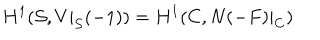
H ^ { 1 } ( { \cal S } , V | _ { { \cal S } } ( - 1 ) ) = H ^ { 1 } ( C , N ( - F ) | _ { C } )